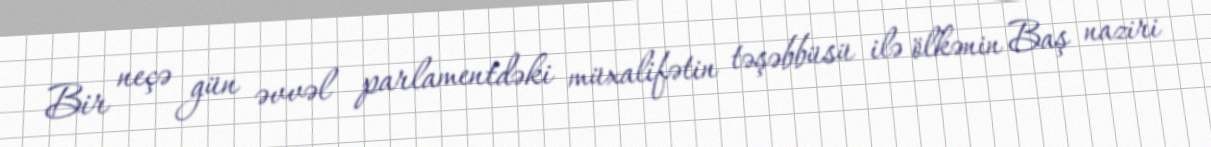
Bir neçə gün əvvəl parlamentdəki müxalifətin təşəbbüsü ilə ölkənin Baş naziri